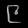
Digit: ၉